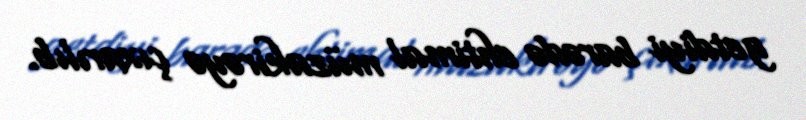
getdiyi barədə ehtimal müzakirəyə çıxarılıb.